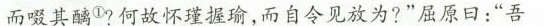
而啜其①?何故怀瑾握瑜，而自令见放为?”屈原日：”吾